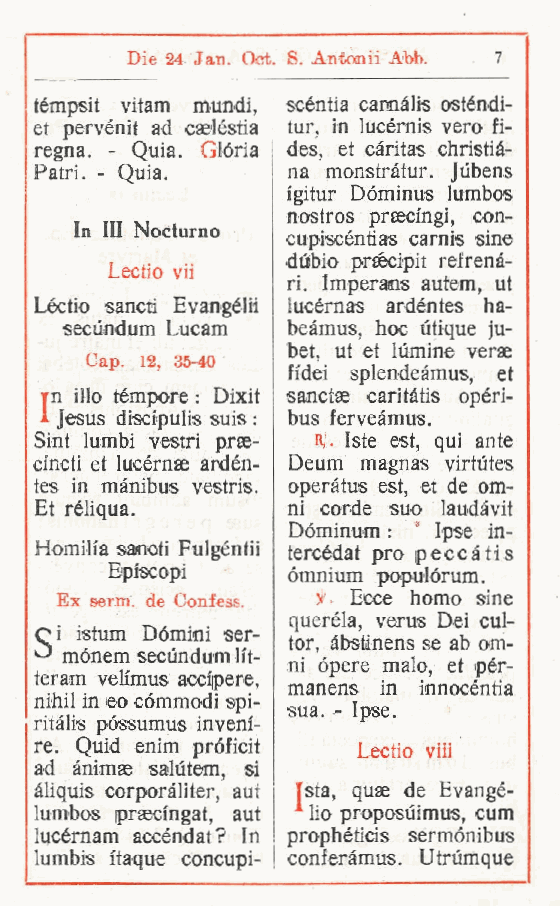
Die 24 Jan. Oct. S. Antanii Abb. 7
 témpsit vitam mundi, scéntia camàlis osténdi-
 et pervénit ad caeléstia tur, in lucérnis vero fi-
 regna. - Quia. Gloria des, et càritas Christia-
 Patri. - Quia.   na monstràtur. Jùbens
 fgitur Dóminus lumbos
 nostros prascingi, con-
 In III Nocfurno
 cupiscéntias carnis sine
 dùbio praécipit refrenà-
 Lectio vii
 ri. Imperans autem, ut
 Lóctio sancti Evangélii iucérnas ardéntes ha-
 secundum Lucam beàmus, hoc utique ju-
 bet, ut et lùmine verse
 Cap. 12 35-40
 ,        fidei splendeàmus, et
 rn ilio tèmpore : Dixit sanctae caritàtis opéri-
 A Jesus disdpulis suis : bus ferveamus.
 Sint lumbi vestri prse- K Iste est, qui ante
 -
 cincti et lucérnae ardén- Deum magnas virtùtes
 tes in mànibus vestris. operàtus est, et de om-
 Et réliqua.      ni corde suo laudàvit
 Dóminum : : Ipse in-
 Homili'a sanoti Fulgéntii tercédat prò pecca ti s
 Episcopi    omnium populórum.
 Ex semi, de Confess. il. Ecce homo sine
 querèla, verus Dei cul-
 Ci istum Dòmini ser-
 tor, abstìnens se ab om-
 mónem secundum Ht
 - ni òpere malo et pér-
 teram velimus accipere,   ,
 manens in innocéntia
 nihil in eo cómmodi spi-
 sua. - Ipse.
 ritàlis póssumus invenf-
 re. Quid enim próficit Lectio viii
 ad ànimae salutem si
 ,
 àliquis corporàliter aut Tsta, quae de Evangé-
 ,
 lumbos prsecingat aut lio proposuimus, cum
 ,
 lucérnam accéndat? In prophèticis sermonibus
 lumbis itaque concupi- conferàmus. Utrùmque